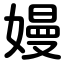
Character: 嫚